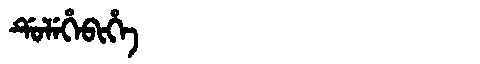
Manchu: ᡩᡠᠯᡝᡥᡝᠪᡳᡥᡝ
Romanization: DULEHEBIHE